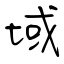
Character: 域